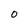
Character: 0